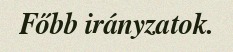
Főbb irányzatok.